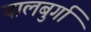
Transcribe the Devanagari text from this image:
यालबुर्गा